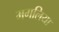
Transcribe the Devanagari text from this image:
मगलिया